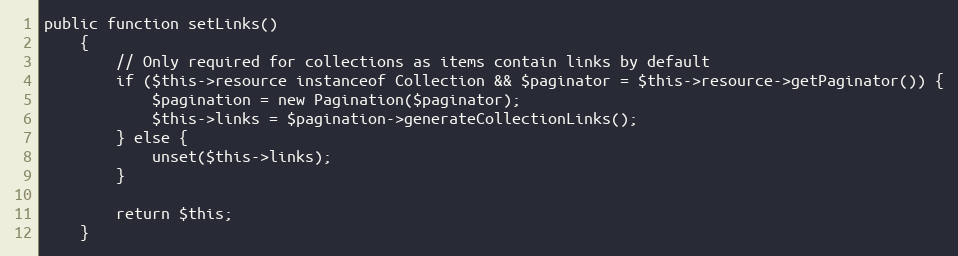
Language: PHP
public function setLinks()
    {
        // Only required for collections as items contain links by default
        if ($this->resource instanceof Collection && $paginator = $this->resource->getPaginator()) {
            $pagination = new Pagination($paginator);
            $this->links = $pagination->generateCollectionLinks();
        } else {
            unset($this->links);
        }

        return $this;
    }